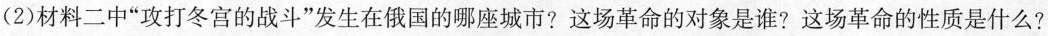
(2)材料二中”攻打冬宫的战斗”发生在俄国的哪座城市?这场革命的对象是谁?这场革命的性质是什么?